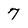
Character: 7